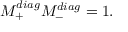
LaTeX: M _ { + } ^ { d i a g } M _ { - } ^ { d i a g } = 1 .